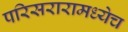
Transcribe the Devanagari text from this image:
परिसरारामध्येच